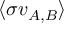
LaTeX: \langle \sigma v _ { A , B } \rangle